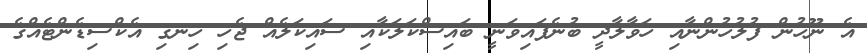
އެ ނޫހުން ފުލުހުންނާއި ހަވާލާދީ ބުނެފައިވަނީ ބައިސްކަލަކާއި ސައިކަލެއް ޖެހި ހިނގި އެކްސިޑެންޓެއްގެ